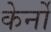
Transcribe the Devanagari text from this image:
केर्नो